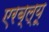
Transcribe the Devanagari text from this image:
एरब्ल्यू